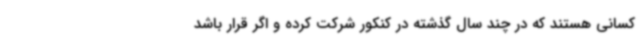
کسانی هستند که در چند سال گذشته در کنکور شرکت کرده و اگر قرار باشد